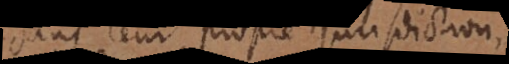
dans leur propre jurisdiction,